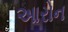
આરોન